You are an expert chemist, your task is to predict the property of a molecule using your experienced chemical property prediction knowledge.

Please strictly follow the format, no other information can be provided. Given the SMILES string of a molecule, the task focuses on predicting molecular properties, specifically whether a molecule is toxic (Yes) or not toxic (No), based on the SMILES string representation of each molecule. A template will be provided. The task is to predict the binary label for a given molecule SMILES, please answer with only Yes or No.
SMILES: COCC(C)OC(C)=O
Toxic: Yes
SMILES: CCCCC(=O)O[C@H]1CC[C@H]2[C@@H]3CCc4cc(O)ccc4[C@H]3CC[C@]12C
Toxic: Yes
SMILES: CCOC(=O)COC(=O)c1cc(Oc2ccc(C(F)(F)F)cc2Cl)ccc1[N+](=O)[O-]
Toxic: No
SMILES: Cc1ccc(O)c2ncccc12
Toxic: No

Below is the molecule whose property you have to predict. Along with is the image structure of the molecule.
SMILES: CC1CCC(C(C)C)C(OC(=O)c2ccccc2N)C1
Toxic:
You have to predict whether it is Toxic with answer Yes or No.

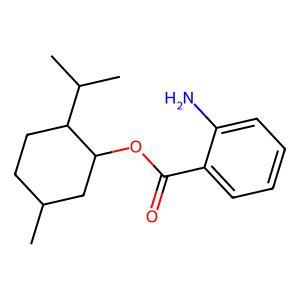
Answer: No